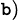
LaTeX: ^{\mathtt{b})}